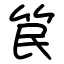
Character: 笢